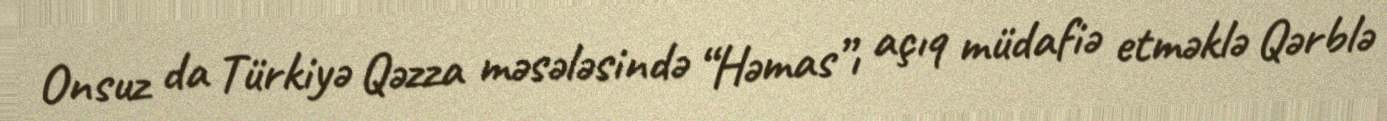
Onsuz da Türkiyə Qəzza məsələsində “Həmas”ı açıq müdafiə etməklə Qərblə